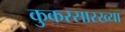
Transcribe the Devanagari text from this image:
कुकरसारख्या